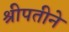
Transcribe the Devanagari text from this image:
श्रीपतीने